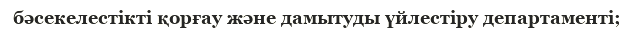
бәсекелестікті қорғау және дамытуды үйлестіру департаменті;